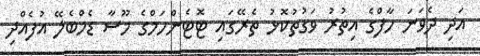
އަދި ދެވަނަ ހާފްގެ އިތުރު ވަގުތުކޮޅު ތެރޭގައި ޓޮޓެންހަމްގެ މޫސާ ޑެމްބެލޭ އުފެއްދި